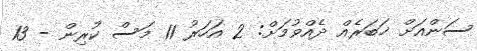
ސަންއަށް ޚަބަރެއް ދެއްވުމަށް: 2 އަހަރު 11 މަސް ކުރިން - 13